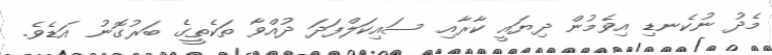
މެދު ނުކެނޑި އިވެމުން ދިޔައީ ކާރާއި ސައިކަލްފަދަ ދުއްވާ ތަކެތީގެ ބަރުގޮނު އަޑެވެ.